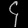
Digit: ၄